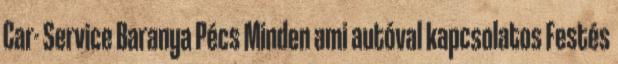
Car- Service Baranya Pécs Minden ami autóval kapcsolatos Festés